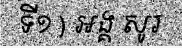
ទី១ ) អង្គ សូរ